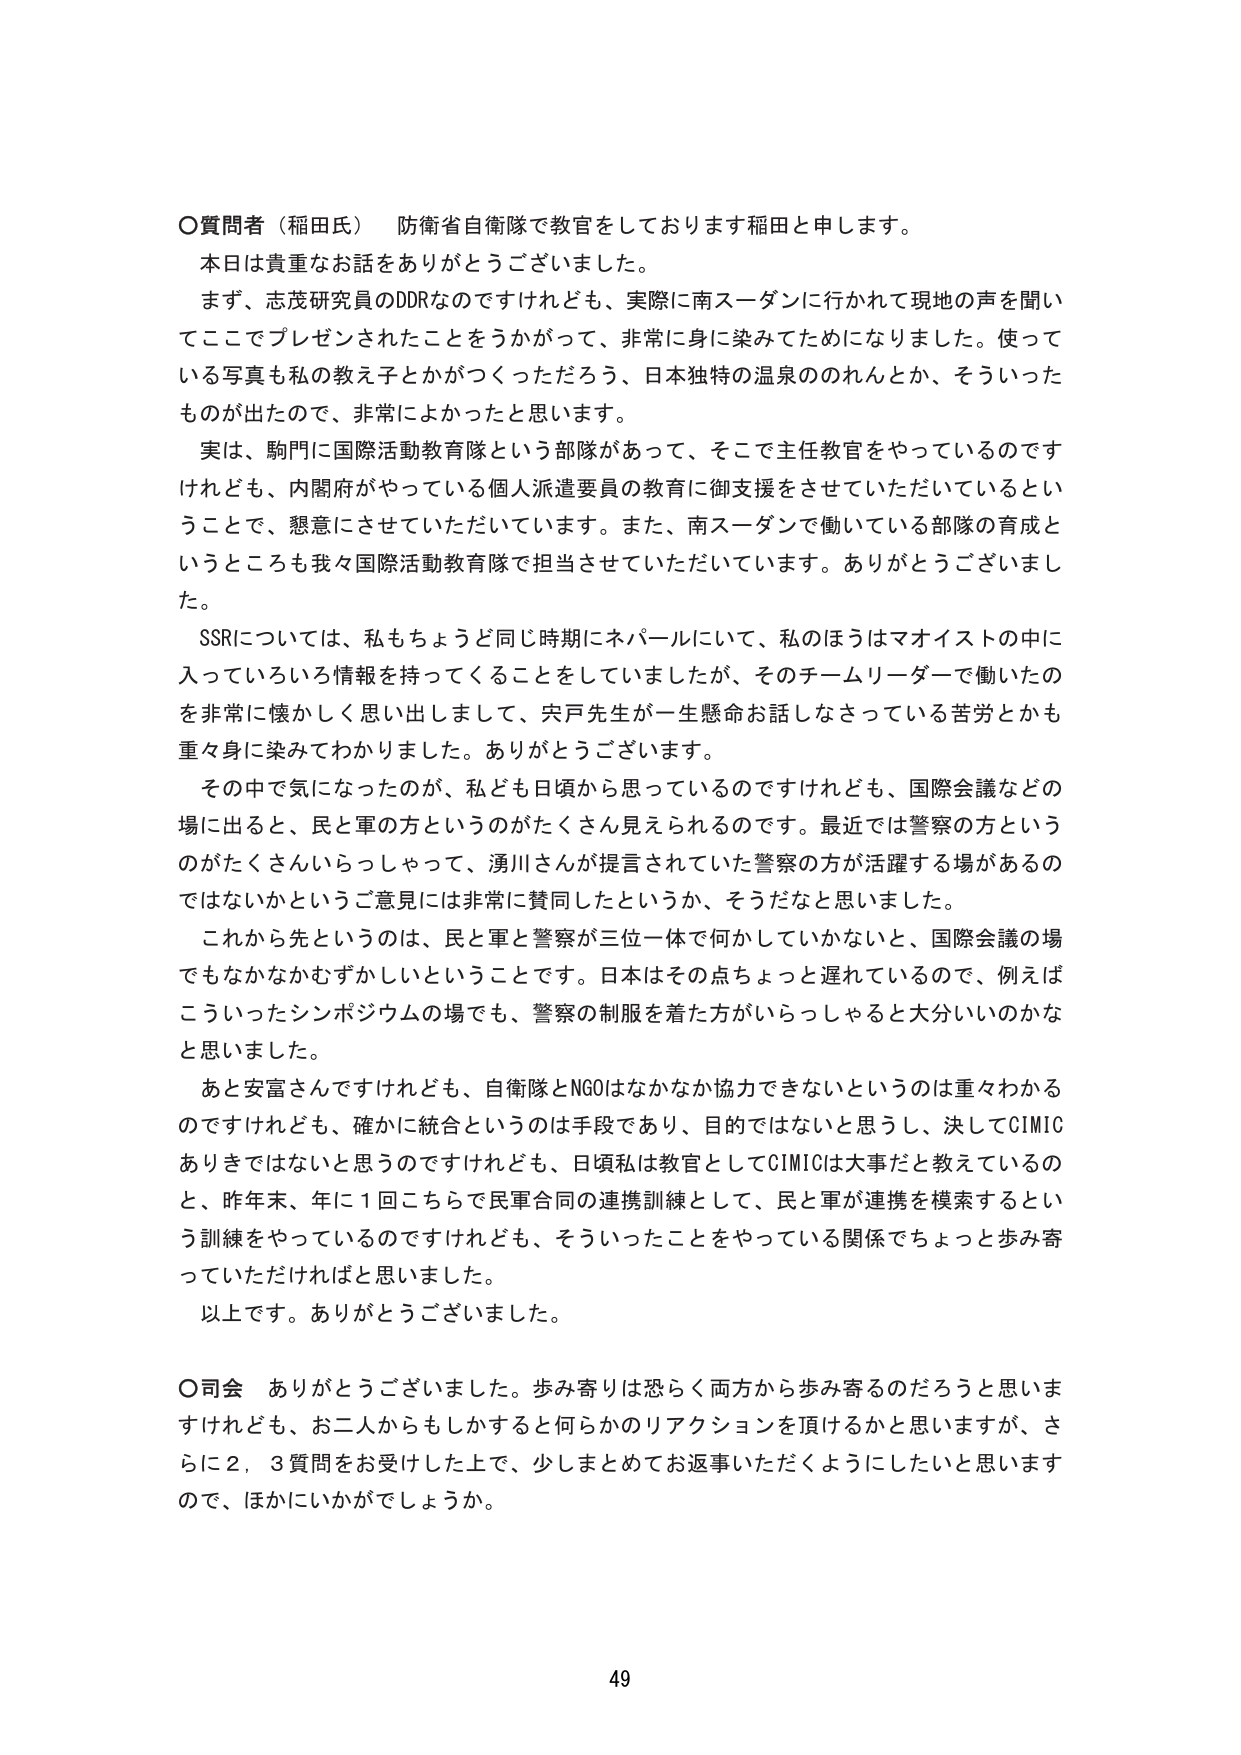
〇質問者（稲田氏）　防衛省自衛隊で教官をしております稲田と申します。
本日は貴重なお話ありがとうございました。
まず、志茂研究員のDDRなのですがけれども、実際に南スーダンに行かれて現地の声を聞いてここでプレゼンされたことをうかがって、非常に身に染みてためになりました。使っている写真も私の教え子とかがつくっただろう、日本独特の温泉ののれんとか、そういったものが出たので、非常によかったと思います。
実は、駒門に国際活動教育隊という部隊があって、そこで主任教官をやっているのですけれども、内閣府がやっている個人派遣要員の教育に御支援をさせていただいているということで、懇意にさせていただいています。また、南スーダンで働いている部隊の育成というところも我々国際活動教育隊で担当させていただいています。ありがとうございます。
SSRについては、私もちょうど同じ時期にネパールにいて、私のほうはマオイストの中に入っていろいろ情報を持ってくることをしていましたが、そのチームリーダーで働いたのを非常に懐かしく思い出しまして、宍戸先生が一生懸命お話しなさっている苦労とかも重々身に染みてわかりました。ありがとうございます。
その中で気になったのが、私ども日頃から思っているのですけれども、国際会議などの場に出ると、民と軍の方というのがたくさん見えられるのです。最近では警察の方というのがたくさんいらっしゃって、湧川さんが提言されていた警察の方が活躍する場があるのではないかというご意見には非常に賛同したというか、そうだなと思いました。
これから先というのは、民と軍と警察が三位一体で何かしていかないと、国際会議の場でもなかなかむずかしいということです。日本はその点ちょっと遅れているので、例えばこういったシンポジウムの場でも、警察の制服を着た方がいらっしゃると大分いいのかなと思いました。
あと安富さんですけれども、自衛隊とNGOはなかなか協力できないというのは重々わかるのですけれども、確かに統合というのは手段であり、目的ではないと思うし、決してCIMICありきではないと思うのですけれども、日頃私は教官としてCIMICは大事だと教えているのと、昨年末、年に1回こっちで民軍合同の連携訓練として、民と軍が連携を模索するという訓練をやっているのですけれども、そういったことをやっている関係でちょっと歩み寄っていただければと思いました。
以上です。ありがとうございました。

〇司会　ありがとうございました。歩み寄りは恐らく両方から歩み寄るのだろうと思いますけれども、お二人からもしかすると何らかのリアクションを頂けるかと思いますが、さらに2，3質問をお受けした上で、少しまとめてお返事いただくようにしたいと思いますので、ほかにいかがでしょうか。

49